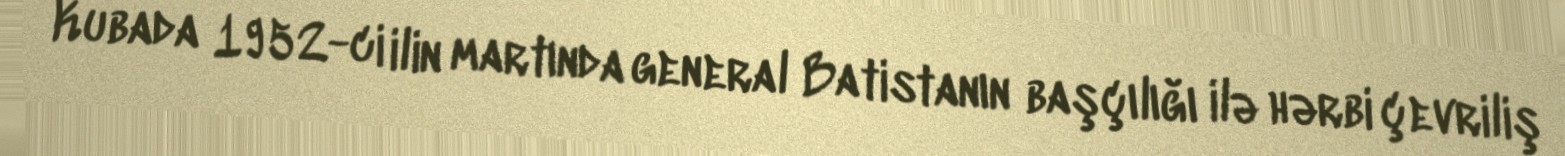
Kubada 1952-ci ilin martında general Batistanın başçılığı ilə hərbi çevriliş